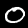
Digit: 0